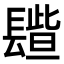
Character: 𨲦